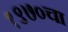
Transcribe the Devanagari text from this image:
१९७०चा